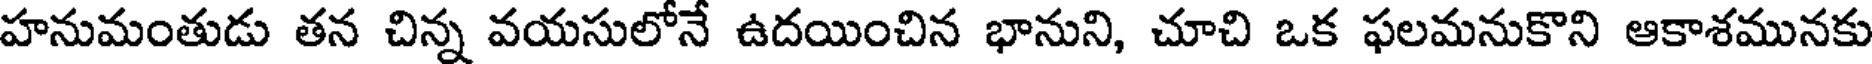
హనుమంతుడు తన చిన్న వయసులోనే ఉదయించిన భానుని, చూచి ఒక ఫలమనుకొని ఆకాశమునకు